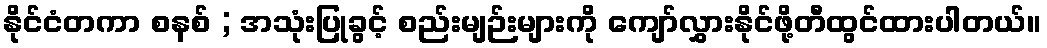
နိုင်ငံတကာ စနစ် ; အသုံးပြုခွင့် စည်းမျဉ်းများကို ကျော်လွှားနိုင်ဖို့တီထွင်ထားပါတယ်။